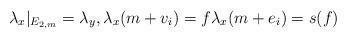
\begin{align*}\lambda_x |_{E_{2,m}} = \lambda_y, \lambda_x(m+v_i) = f \lambda_x(m+e_i)=s(f)\end{align*}